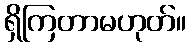
ရှိကြတာမဟုတ်။